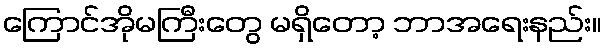
ကြောင်အိုမကြီးတွေ မရှိတော့ ဘာအရေးနည်း။